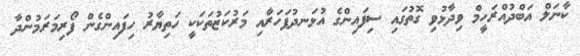
ކާނަލް އަބްދުއްރަހީމް ވިދާޅުވި ގޮތުގައި ސިފައިންގެ އުޅަނދުފަހަރާއި މަރުކަޒުތަކަކީ ހަތިޔާރު ހިފައިންގެން ފޯރިމަރަމުންދާ